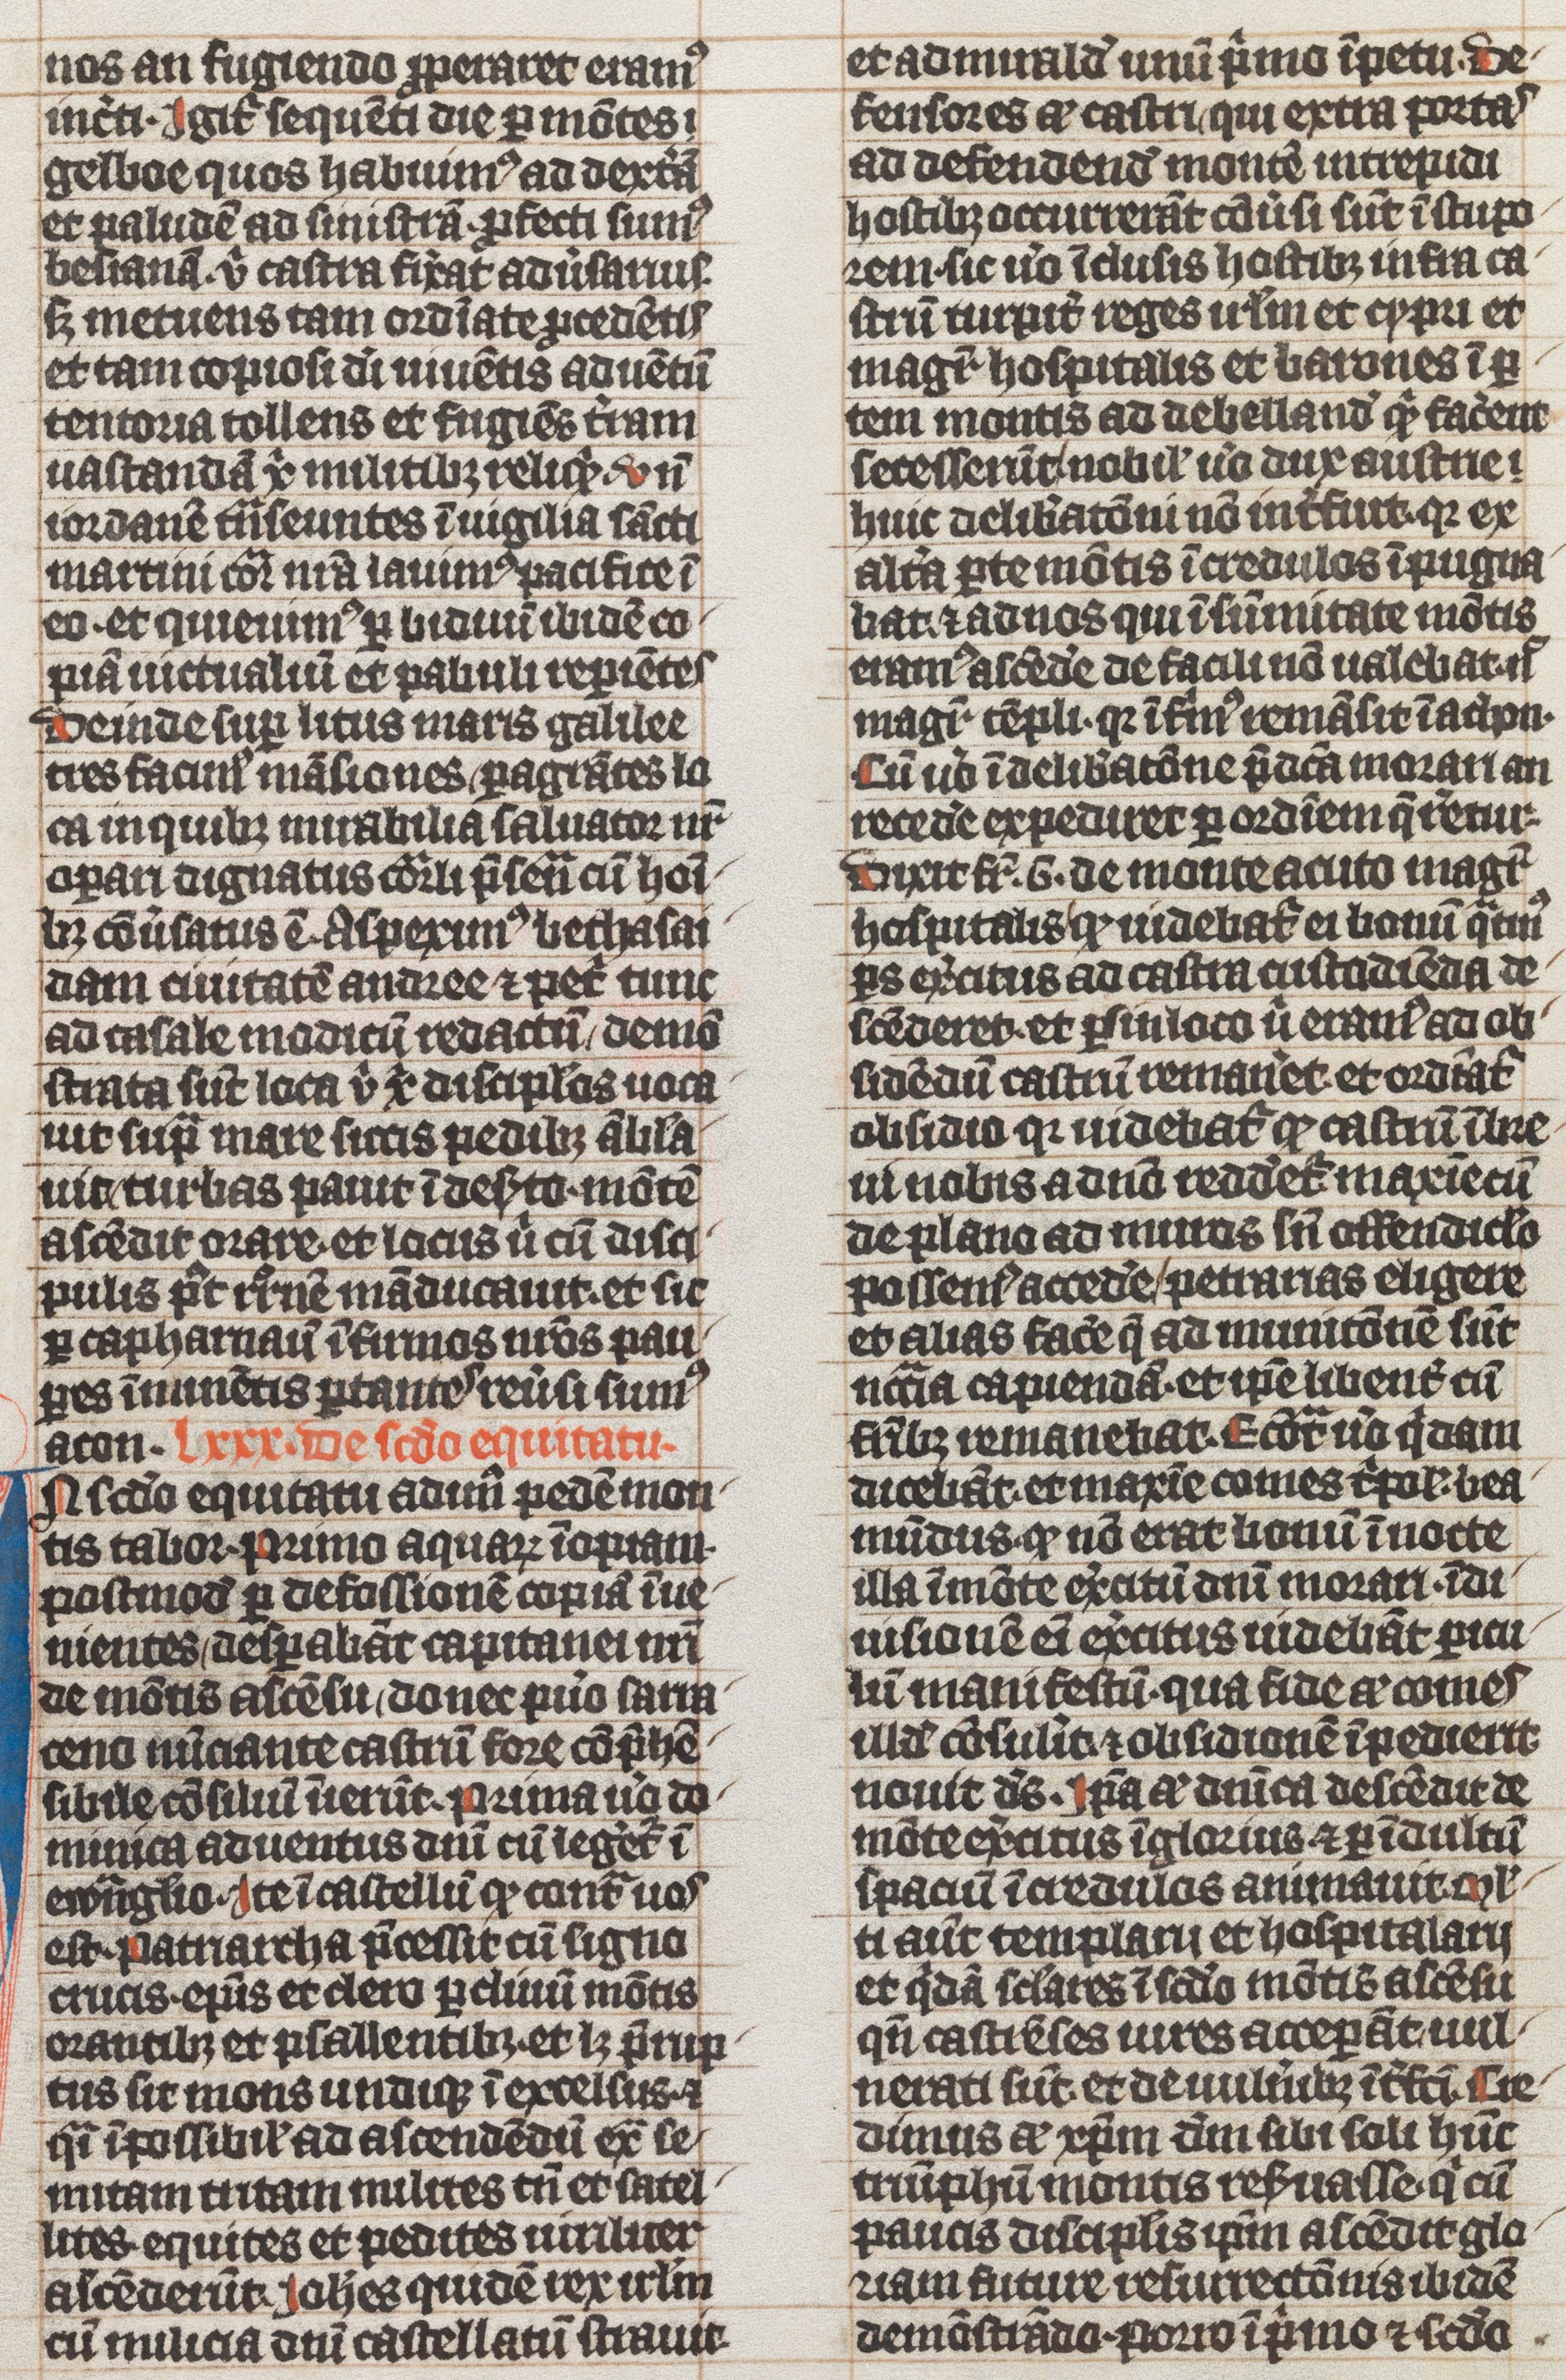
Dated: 1339–1340